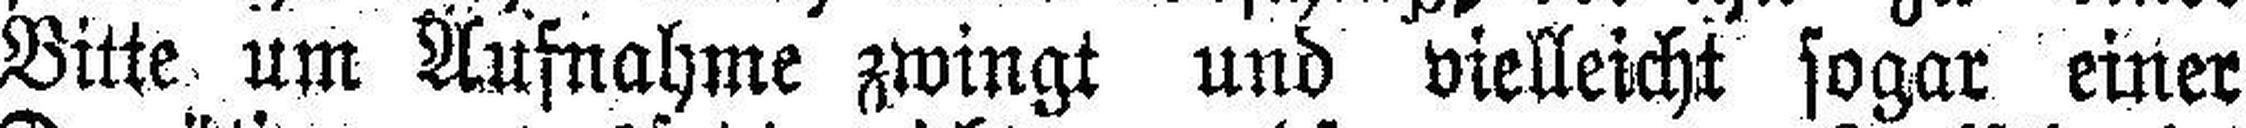
Bitte um Aufnahme zwingt und vielleicht sogar einer